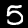
Label: 5